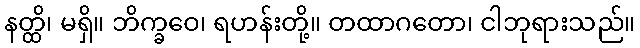
နတ္ထိ၊ မရှိ။ ဘိက္ခဝေ၊ ရဟန်းတို့။ တထာဂတော၊ ငါဘုရားသည်။